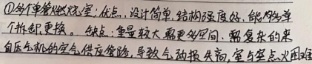
\textcircled{1}多了承载空间：优点，设计简单，结构强度高，能携带多个相机更换，支架、拿取较灵活空间，需要复杂的自反系统的光学变焦等。